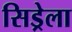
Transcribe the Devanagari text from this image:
सिड्रेला